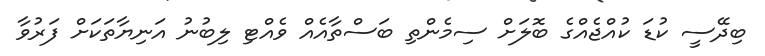
ބިދޭސީ ކުޑަ ކުއްޖެއްގެ ބޮލަށް ސިމެންތި ބަސްތާއެއް ވެއްޓި ލިބުނު އަނިޔާތަކަށް ފަރުވާ